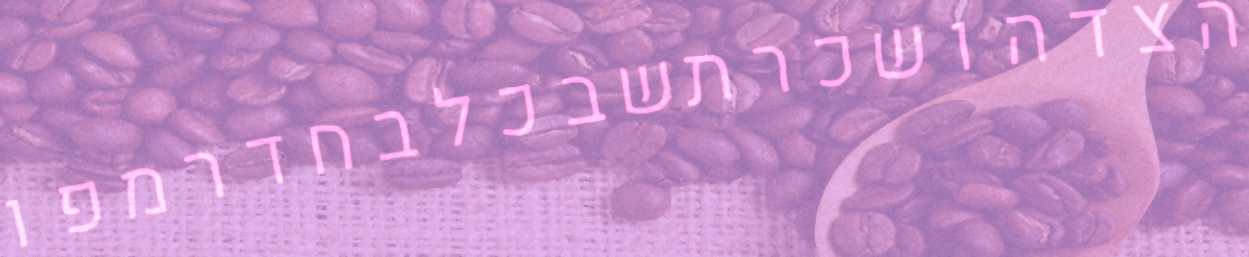
הצדהושכרתשבכלבחדרמפו